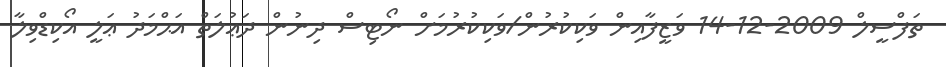
ތަފްސީލް 2009-12-14 ވަޒީފާއިން ވަކިކުރުން/ވަކިކުރުމަށް ނޯޓިސް ދިނުން ދަޢުލަތް އަޙްމަދު ޢަލީ އޯކިޑްވިލާ